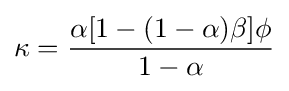
\kappa ={\frac {\alpha [1-(1-\alpha )\beta ]\phi }{1-\alpha }}